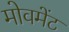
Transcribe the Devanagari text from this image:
मोवमेंट